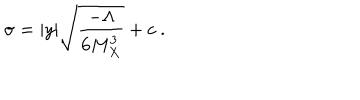
\sigma = | y | \sqrt { { \frac { - { \Lambda } } { \displaystyle { 6 M _ { X } ^ { 3 } } } } } + c ~ . ~ \,